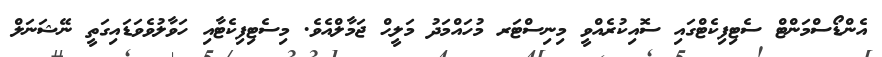
އެންޑޯސްމަންޓް ސެޓިފިކެޓްގައި ސޮއިކުރެއްވީ މިނިސްޓަރ މުހައްމަދު މަލީޙް ޖަމާލްއެވެ. މިސެޓިފިކެޓާއި ހަވާލުވެވަޑައިގަތީ ނޭޝަނަލް